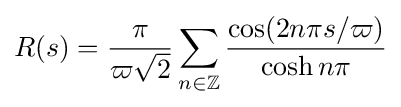
R(s)={\frac {\pi }{\varpi {\sqrt {2}}}}\sum _{n\in \mathbb {Z} }{\frac {\cos(2n\pi s/\varpi )}{\cosh n\pi }}